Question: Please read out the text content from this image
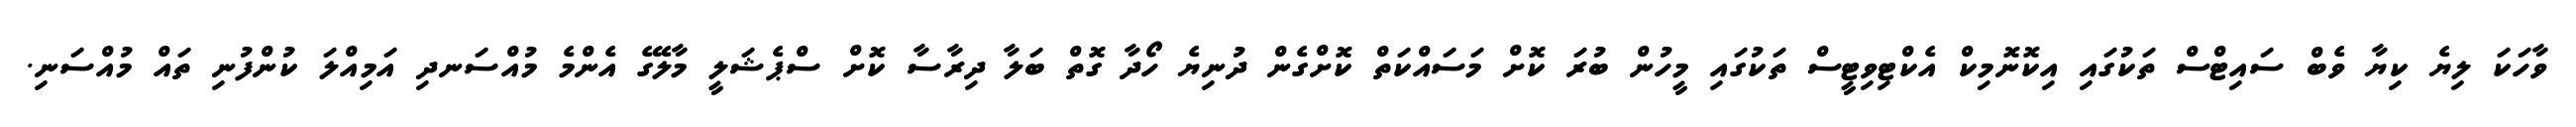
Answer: ވާހަކަ ލިޔެ ކިޔާ ވެބް ސައިޓްސް ތަކުގައި އިކޮނޮމިކް އެކްޓިވިޓީސް ތަކުގައި މީހުން ބުރަ ކޮށް މަސައްކަތް ކޮށްގެން ދުނިޔެ ހޯދާ ގޮތް ބަލާ ދިރާސާ ކޮށް ސްޕެޝަލީ މާލޭގެ އެންމެ މުއްސަނދި އަމިއްލަ ކުންފުނި ތައް މުއްސަނި.